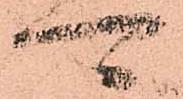
可